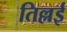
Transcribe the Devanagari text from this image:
तिल्लई